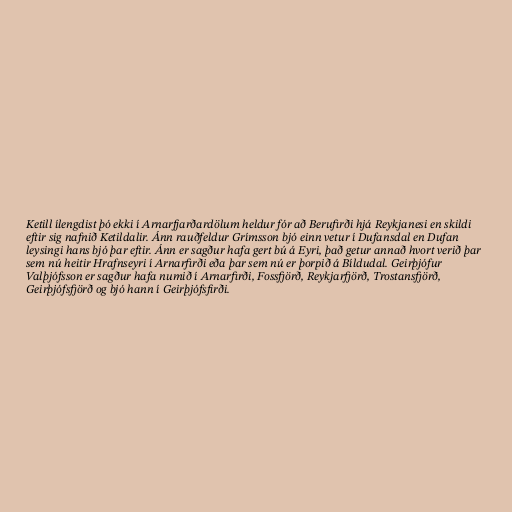
Ketill ílengdist þó ekki í Arnarfjarðardölum heldur fór að Berufirði hjá Reykjanesi en skildi
eftir sig nafnið Ketildalir. Ánn rauðfeldur Grímsson bjó einn vetur í Dufansdal en Dufan
leysingi hans bjó þar eftir. Ánn er sagður hafa gert bú á Eyri, það getur annað hvort verið þar
sem nú heitir Hrafnseyri í Arnarfirði eða þar sem nú er þorpið á Bíldudal. Geirþjófur
Valþjófsson er sagður hafa numið í Arnarfirði, Fossfjörð, Reykjarfjörð, Trostansfjörð,
Geirþjófsfjörð og bjó hann í Geirþjófsfirði.